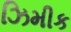
ઝિમીક